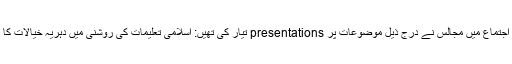
اس اجتماع میں مجالس نے درج ذیل موضوعات پر presentations تیار کی تھیں: اسلامی تعلیمات کی روشنی میں دہریہ خیالات کا ردّ۔